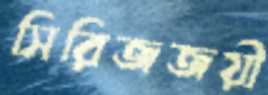
সিরিজজয়ী